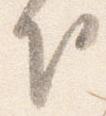
下